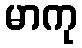
မာကု